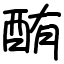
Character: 酭